Report of the Municipal Commissioner on the plague in Bombay for the year ending 31st May... - Volume 3
Disease focus: Plague
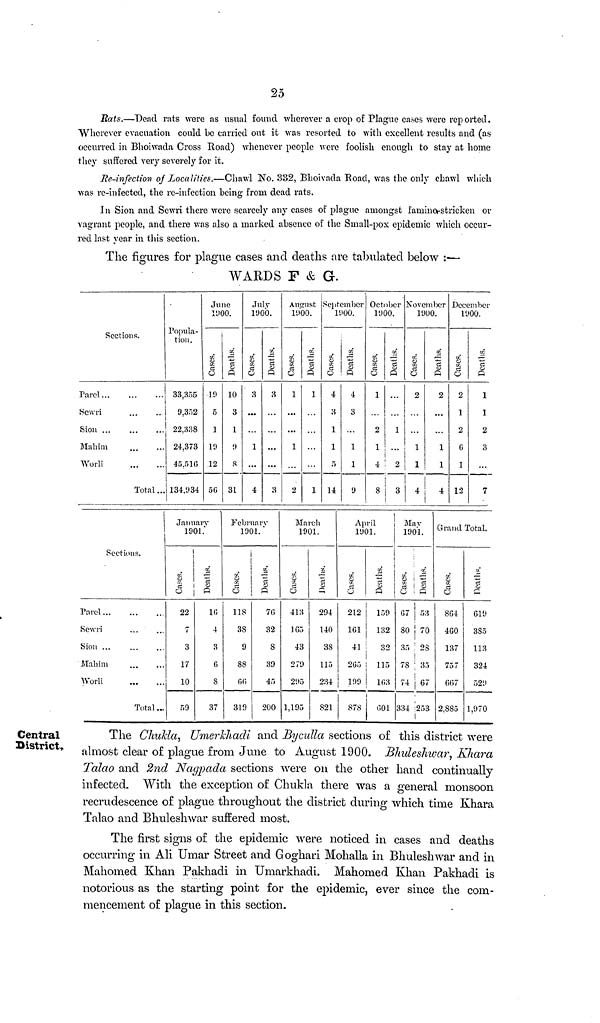
25
Rats.—Dead rats were as usual found, wherever a crop of Plague cases were reported.
Wherever evacuation could be carried out it was resorted to with excellent results and (as
occurred in Bhoiwada Cross Road) whenever people were foolish enough to stay at home
they suffered very severely for it.
Re-infection of Localities.—Chawl No. 332, Bhoivada Road, was the only chawl which
was re-infected, the re-infection being from dead rats.
In Sion and Sewri there were scarcely any cases of plague amongst famines-stricken or
vagrant people, and there was also a marked absence of the Small-pox epidemic which occur-
red last year in this section.
The figures for plague cases and deaths are tabulated below :—
WARDS F & G.
Sections.
Parel
Sewri
Sion ...
Mahim
Worli
Total
Popula-
tion.
33,355
9.352
22.338
24.373
45.516
134,934
June
1900.
Cases.
19
5
1
19
12
56
Deaths.
10
3
1
9
8
31
July
1900.
Cases.
3
...
1
4
Deaths.
3
...
3
August
1900.
Cases.
1
...
1
2
Deaths.
1
1
September
1900.
Cases.
4
3
1
1
5
14
Deaths.
4
3
1
1
9
October
1900.
Cases.
1
2
1
4
8
Deaths.
. . .
1
2
3
November
1900.
Cases.
2
1
1
4
Deaths.
2
1
1
4
December
1900.
Cases.
2
1
2
6
1
12
Deaths.
1
1
2
3
7
Sections.
Parel
Sewri
Sion ...
Mahim
Worli
Total
January
1901.
Cases.
22
7
3
17
10
59
Deaths.
16
4
3
G
S
37
February
1901.
Cases.
118
38
9
88
66
319
Deaths.
7G
32
S
39
45
200
March
1901.
Cases.
413
165
43
279
295
1.195
Deaths.
294
140
38
115
234
821
April
1901.
Cases.
212
1G1
41
265
199
878
Deaths.
159
132
32
115
163
601
May
1901.
Cases.
G7
80
35
78
74
334
Deaths
53
70
28
35
67
253
Grand
Cases
864
4G0
137
757
667
2,885
Total.
Deaths
619
385
113
324
529
1.970
Central
District,
The Chukla, Umerkhadi and Byculla sections of this district were
almost clear o£ plague from June to August 1900. Bhuleshwar, Khara
Talao and 2nd Nagpada sections were on the other hand continually
infected. With the exception of Chukla there was a general monsoon
recrudescence of plague throughout the district during which time Khara
Talao and Bhuleshwar suffered most.
The first signs of the epidemic were noticed in cases and deaths
occurring in Ali Umar Street and Goghari Mohalla in Bhuleshwar and in
Mahomed Khan Pakhadi in Umarkhadi. Mahomed Khan Pakhadi is
notorious as the starting point for the epidemic, ever since the com-
mencement of plague in this section.